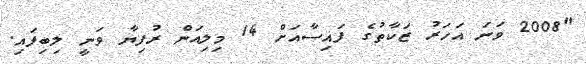
"2008 ވަނަ އަހަރު ޒަކާތުގެ ފައިސާއަށް 14 މިލިއަން ރުފިޔާ ވަނީ ލިބިފައި.